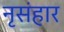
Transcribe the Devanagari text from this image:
नृसंहार